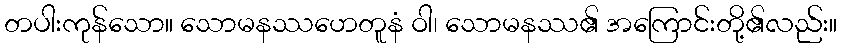
တပါးကုန်သော။ သောမနဿဟေတူနံ ဝါ၊ သောမနဿ၏ အကြောင်းတို့၏လည်း။